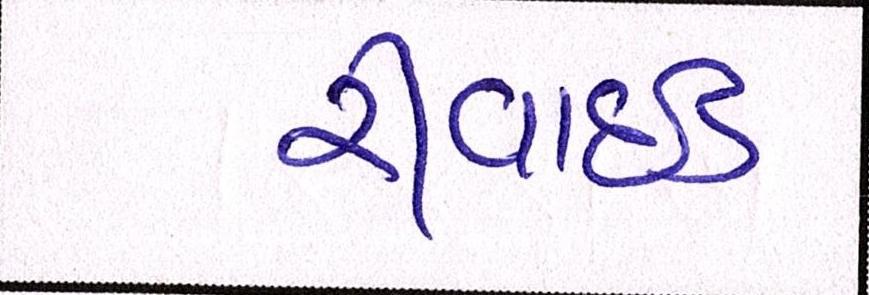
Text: રીવાઇડ